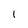
Character: I